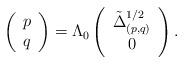
LaTeX: \begin{align*}\left(\begin{array}{c} p\\ q \end{array} \right) = \Lambda_0 \left(\begin{array}{c} \tilde{\Delta}_{(p,q)}^{1/2} \\ 0 \end{array} \right).\end{align*}